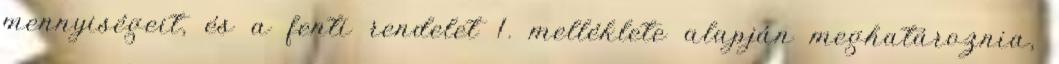
mennyiségeit, és a fenti rendelet 1. melléklete alapján meghatároznia,